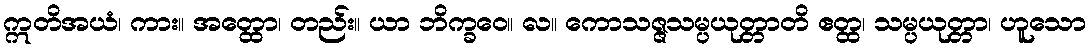
ဣတိအယံ၊ ကား။ အတ္ထော၊ တည်း။ ယာ ဘိက္ခဝေ။ လ။ ကောသဇ္ဇသမ္ပယုတ္တာတိ ဧတ္ထ၊ သမ္ပယုတ္တာ၊ ဟူသော